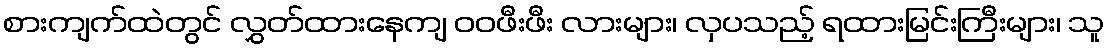
စားကျက်ထဲတွင် လွှတ်ထားနေကျ ဝဝဖီးဖီး လားများ၊ လှပသည့် ရထားမြင်းကြီးများ၊ သူ